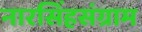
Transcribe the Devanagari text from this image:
नारसिंहसंग्राम